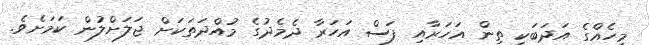
މީހެއްގެ އަދަބަކީ ތިން އަހަރާއި ފަސް އަހަރާ ދެމެދުގެ މުއްދަތަކަށް ޖަލަށްލުން ކަމަށެވެ.